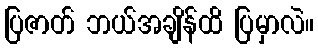
ပြဇာတ် ဘယ်အချိန်ထိ ပြမှာလဲ။